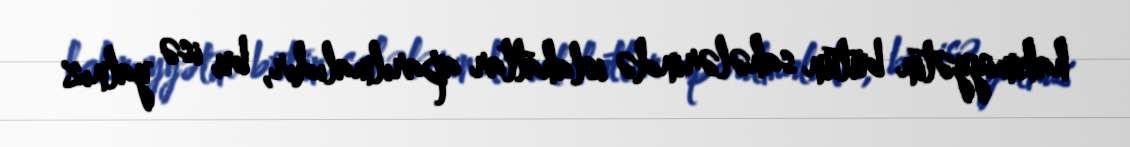
hakimiyyətin bütün sahələrində islahatlar aparılmalıdır, bu isə yalnız